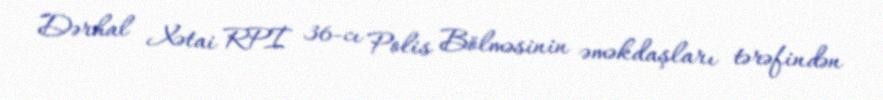
Dərhal Xətai RPİ 36-cı Polis Bölməsinin əməkdaşları tərəfindən